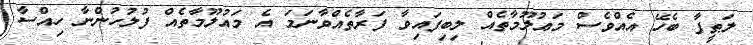
ލަޠީފާ ބެހޭ އެއްވެސް މަޢުލޫމާތެއް ލިބިފައިވާ ފަރާތެއްވާނަމަ އެ މައުލޫމާތެއް ފުލުހުންނާ ހިއްސާ